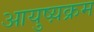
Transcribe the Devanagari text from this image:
आयुष्य़क्रम